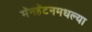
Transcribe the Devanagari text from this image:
मॅनहॅटनमधल्या